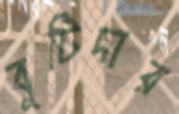
বুটিদার